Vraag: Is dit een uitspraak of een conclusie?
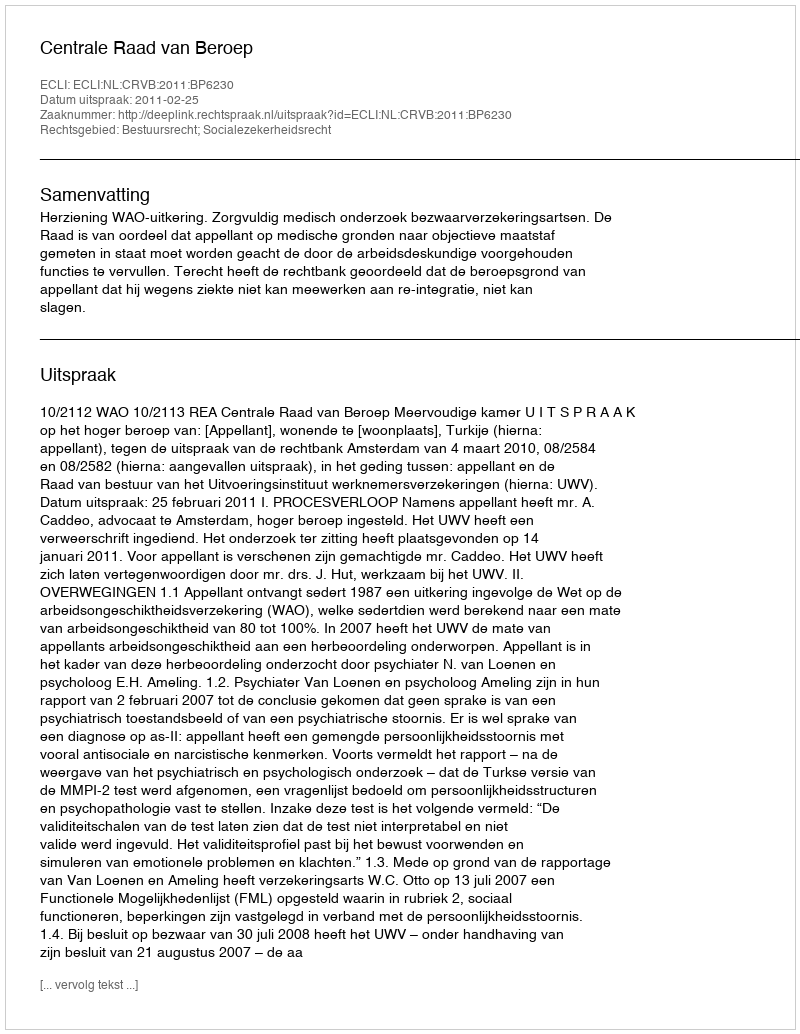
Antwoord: Uitspraak